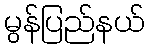
မွန်ပြည်နယ်